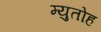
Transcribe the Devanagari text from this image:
म्युतोह